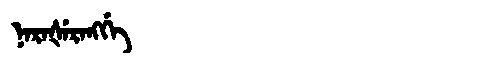
Manchu: ᠨᠠᡵᠠᡧᡝᡵᠠᠩᡤᡝ
Romanization: NARAŠERANGGE